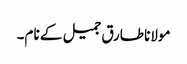
مولانا طارق جمیل کے نام۔